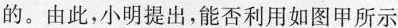
的。由此，小明提出，能否利用如图甲所示